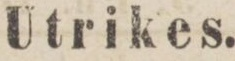
Utrikes.